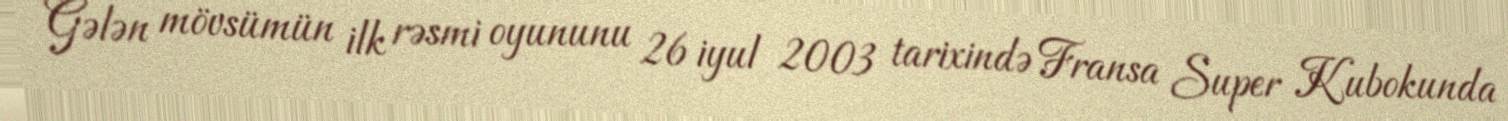
Gələn mövsümün ilk rəsmi oyununu 26 iyul 2003 tarixində Fransa Super Kubokunda